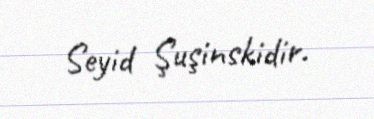
Seyid Şuşinskidir.